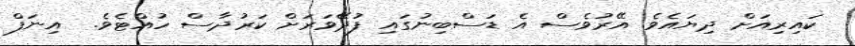
ކައިރިއަށް ދިޔައެވެ. އޭރުވެސް އެ ޑަސްބިނުގައި ފުދޭވަރަށް ކަރުދާސް ހުއްޓެވެ.  އިނަފް